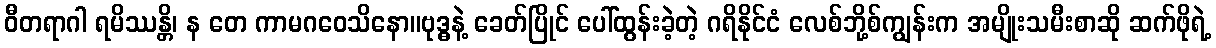
ဝီတရာဂါ ရမိဿန္တိ၊ န တေ ကာမဂဝေသိနော။ဗုဒ္ဓနဲ့ ခေတ်ပြိုင် ပေါ်ထွန်းခဲ့တဲ့ ဂရိနိုင်ငံ လေစ်ဘို့စ်ကျွန်းက အမျိုးသမီးစာဆို ဆက်ဖိုရဲ့